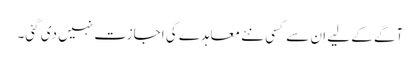
آگے کے لیے ان سے کسی نئے معاہدے کی اجازت نہیں دی گئی۔